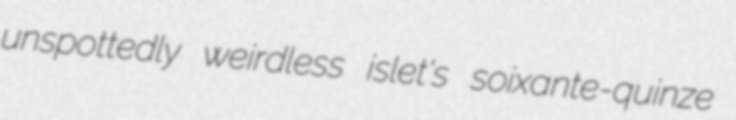
unspottedly weirdless islet's soixante-quinze